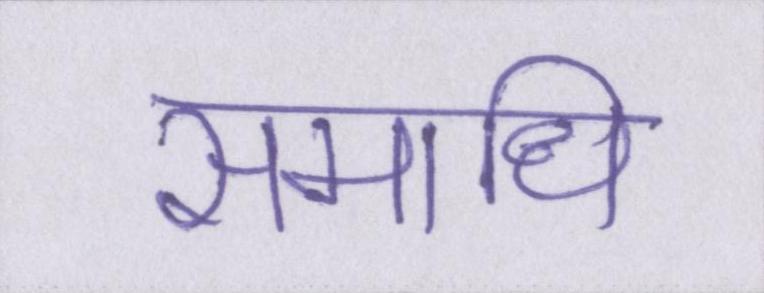
समाधि